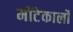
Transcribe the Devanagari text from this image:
मोंटेकार्लो